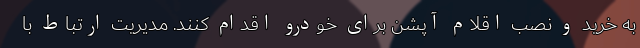
به خرید و نصب اقلام آپشن برای خودرو اقدام کنند. مدیریت ارتباط با